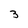
Character: 3